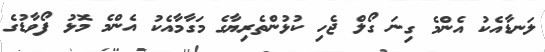
ލަނޑާއެކު އެންމެ ގިނަ ގޯލް ޖެހި ކުޅުންތެރިޔާގެ މަގާމާއެކު އެންމެ މޮޅު ފޯވާޑުގެ